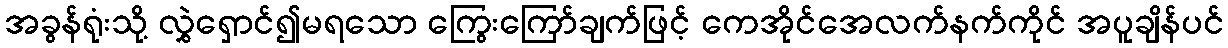
အခွန်ရုံးသို့ လွှဲရှောင်၍မရသော ကြွေးကြော်ချက်ဖြင့် ကေအိုင်အေလက်နက်ကိုင် အပူချိန်ပင်